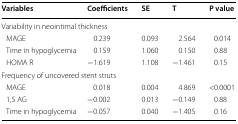
| Variables | Coefficients | SE | T | P value |
 | --- | --- | --- | --- | --- |
 | <COLSPAN=5> Variability in neointimal thickness |
 | MAGE | 0.239 | 0.093 | 2.564 | 0.014 |
 | Time in hypoglycemia | 0.159 | 1.060 | 0.150 | 0.88 |
 | HOMA R | −1.619 | 1.108 | −1.461 | 0.15 |
 | <COLSPAN=5> Frequency of uncovered stent struts |
 | MAGE | 0.018 | 0.004 | 4.869 | <0.0001 |
 | 1,5 AG | −0.002 | 0.013 | −0.149 | 0.88 |
 | Time in hypoglycemia | −0.057 | 0.040 | −1.405 | 0.16 |